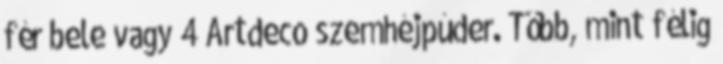
fér bele vagy 4 Artdeco szemhéjpúder. Több, mint félig